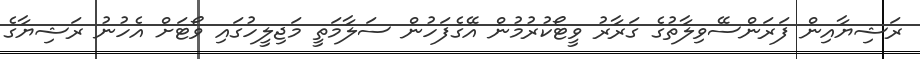
ރަޝިޔާއިން ފަރަންސޭވިލާތުގެ ގަރާރު ވީޓޯކުރުމުން އޭގެފަހުން ސަލާމަތީ މަޖިލީހުގައި ވޯޓަށް އެހުނު ރަޝިޔާގެ